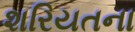
શરિયતના